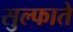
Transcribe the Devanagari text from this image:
सुल्फाते